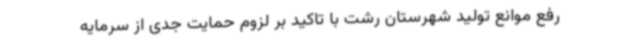
رفع موانع تولید شهرستان رشت با تاکید بر لزوم حمایت جدی از سرمایه